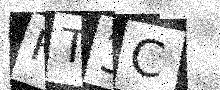
Text: HT3C